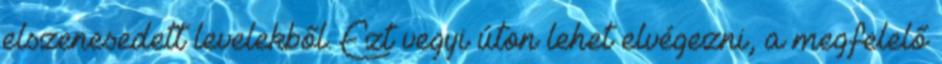
elszenesedett levelekből. Ezt vegyi úton lehet elvégezni, a megfelelő